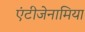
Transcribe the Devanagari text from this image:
एंटीजेनामिया